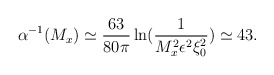
\begin{align*}\alpha ^{-1}(M_{x})\simeq \frac{63}{80\pi }\ln (\frac{1}{M_{x}^{2}\epsilon^{2}\xi _{0}^{2}})\simeq 43. \end{align*}